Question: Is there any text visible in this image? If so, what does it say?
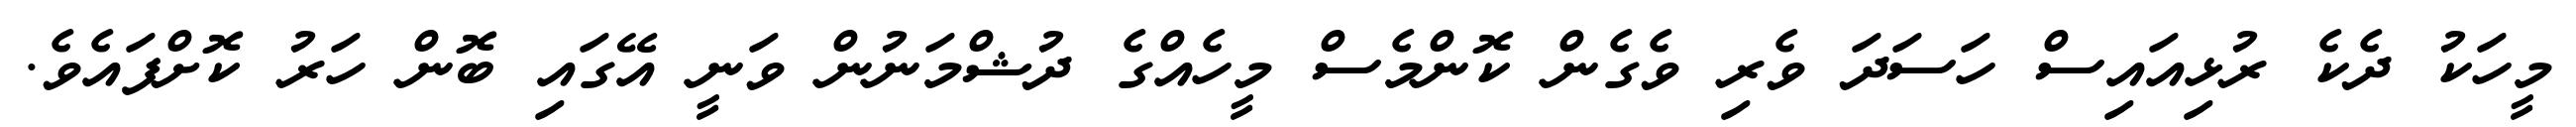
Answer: މީހަކު ދެކެ ރުޅިއައިސް ހަސަދަ ވެރި ވެގެން ކޮންމެސް މީހެއްގެ ދުޝްމަނުން ވަނީ އޭގައި ބޮން ހަރު ކޮށްފައެވެ.